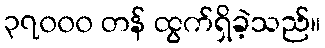
၃၇၀၀၀ တန် ထွက်ရှိခဲ့သည်။